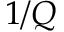
1 / Q